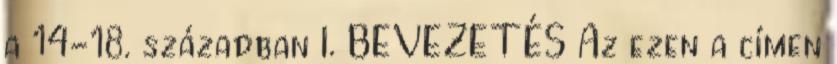
a 14-18. században I. BEVEZETÉS Az ezen a címen